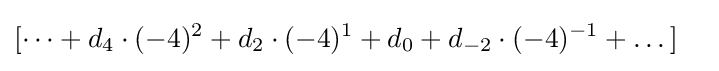
{\begin{aligned}&{}[\dots +d_{4}\cdot (-4)^{2}+d_{2}\cdot (-4)^{1}+d_{0}+d_{-2}\cdot (-4)^{-1}+\dots ]\end{aligned}}